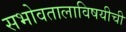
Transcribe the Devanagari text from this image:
सभोवतालाविषयीची